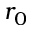
r _ { 0 }